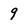
Character: 9